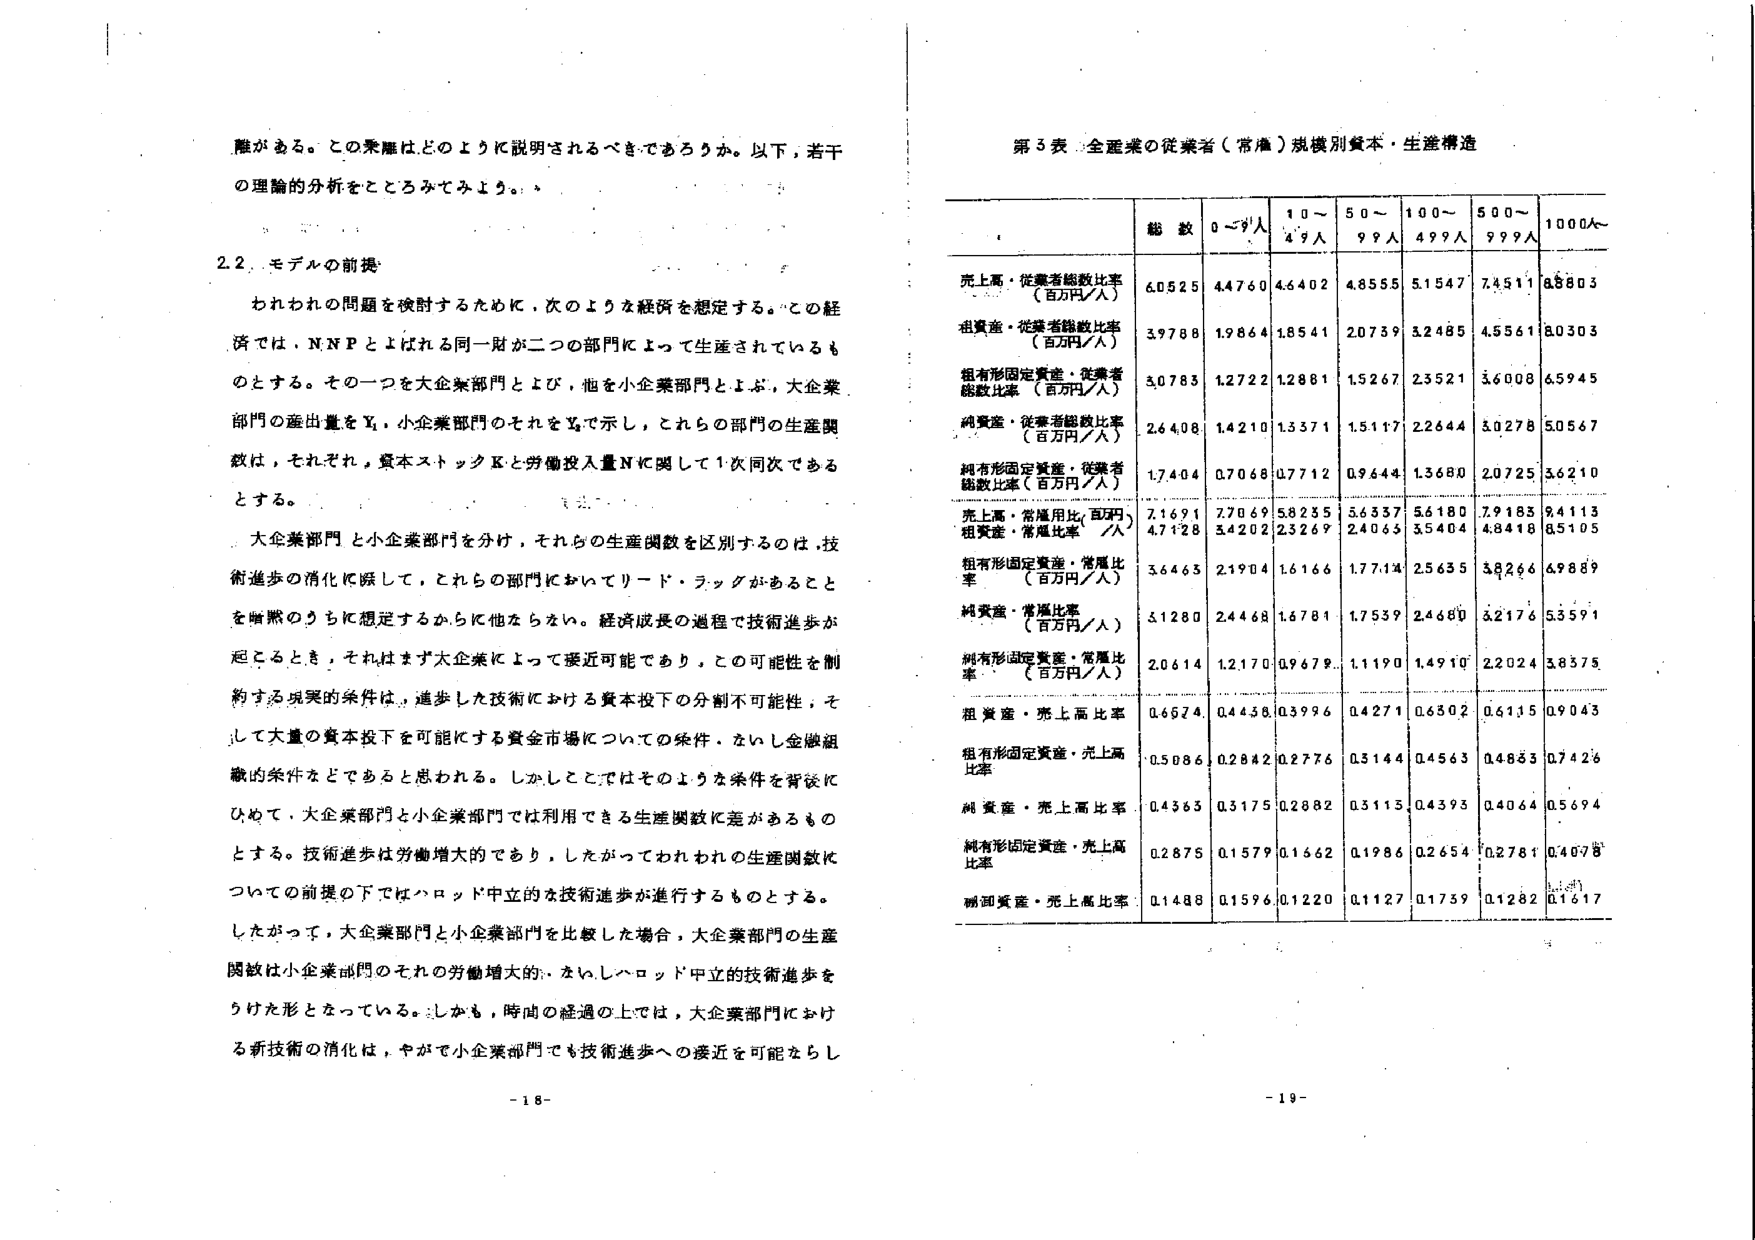
離がある。この乖離はどのように説明されるべきであろうか。以下、若干の理論的分析をこころみてみよう。

2.2. モデルの前提

われわれの問題を検討するために、次のような経済を想定する。この経済では、NNPとはばれる同一財が二つの部門によって生産されているものとする。その一つを大企業部門とよび、他を小企業部門とよぶ。大企業部門の産出量をY₁、小企業部門のそれをY₂で示し、これらの部門の生産関数は、それぞれ、資本ストックKと労働投入量Nに関して1次同次であるとする。

大企業部門と小企業部門を分け、それらの生産関数を区別するのは、技術進歩の消化に際して、これらの部門においてリード・ラッグがあることを暗黙のうちに想定するからに他ならない。経済成長の過程で技術進歩が起こるとき、それはまず大企業によって接近可能であり、この可能性を制約する現実的条件は、進歩した技術における資本投下の分割不可能性、そして大量の資本投下を可能にする資金市場についての条件、ないし金融組織的条件などであると思われる。しかしここではそのような条件を背後において、大企業部門と小企業部門では利用できる生産関数に差があるものとする。技術進歩は労働増大的であり、したがってわれわれの生産関数についての前提の下ではハロッド中立的技術進歩が進行するものとする。

したがって、大企業部門と小企業部門を比較した場合、大企業部門の生産関数は小企業部門のそれの労働増大的、ないしハロッド中立的技術進歩をうけた形となっている。しかも、時間の経過の上では、大企業部門における新技術の消化は、やがて小企業部門でも技術進歩への接近を可能ならし

第3表 全産業の従業者（常雇）規模別資本・生産構造

総数 0～9人 10～49人 50～99人 100～499人 500～999人 1000人～

売上高・従業者総数比率（百万円／人） 60525 44760 46402 48555 51547 74511 88803

租賃産・従業者総数比率（百万円／人） 39788 19864 18541 20739 32485 45561 80303

租有形固定資産・従業者総数比率（百万円／人） 30783 12722 12881 15267 23521 36008 65945

純資産・従業者総数比率（百万円／人） 26408 14210 13571 15117 22644 30278 50567

純有形固定資産・従業者総数比率（百万円／人） 17404 07068 07712 09644 13680 20725 36210

売上高・常雇用比、百万円／人 7.1691 7.7069 5.8255 5.6357 5.6180 7.9185 9.4113

租賃産・常雇比率／人 4.7128 3.4202 2.3269 2.4065 3.5404 4.8418 8.5105

租有形固定資産・常雇比率（百万円／人） 3.6465 2.1904 1.6166 1.7714 2.5635 3.8266 6.9889

純資産・常雇比率（百万円／人） 3.1280 2.4468 1.6781 1.7539 2.4680 3.2176 5.3591

純有形固定資産・常雇比率（百万円／人） 2.0614 1.2170 0.9679 1.1190 1.4910 2.2024 3.8375

租賃産・売上高比率 0.6574 0.4458 0.3996 0.4271 0.6302 0.6115 0.9043

租有形固定資産・売上高比率 0.5086 0.2842 0.2776 0.3144 0.4563 0.4853 0.7426

純資産・売上高比率 0.4363 0.3175 0.2882 0.3115 0.4393 0.4064 0.5694

純有形固定資産・売上高比率 0.2875 0.1579 0.1662 0.1986 0.2654 0.2781 0.4078

減価償却資産・売上高比率 0.1488 0.1596 0.1220 0.1127 0.1739 0.1282 0.1617

-18-
-19-